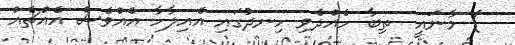
) މާނައީ  ތިބާ ހެއްދެވި ހިނދުގައި އެއިލާހާ އެއްވެސް އެއްޗެއް